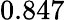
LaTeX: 0.847